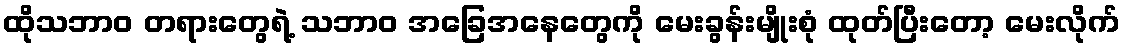
ထိုသဘာဝ တရားတွေရဲ့ သဘာဝ အခြေအနေတွေကို မေးခွန်းမျိုးစုံ ထုတ်ပြီးတော့ မေးလိုက်